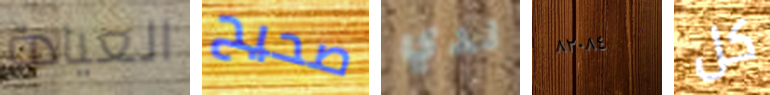
العيادة صحيح لدي ٨٢٠٨٤ كل